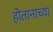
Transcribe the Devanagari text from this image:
होतानाच्या